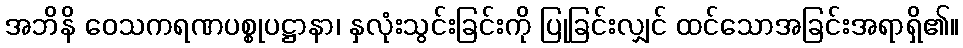
အဘိနိ ဝေသကရဏပစ္စုပဋ္ဌာနာ၊ နှလုံးသွင်းခြင်းကို ပြုခြင်းလျှင် ထင်သောအခြင်းအရာရှိ၏။